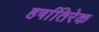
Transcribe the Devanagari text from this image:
हर्षातिरेक